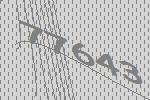
77643